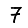
Digit: 7